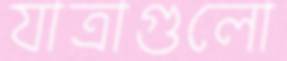
যাত্রাগুলো